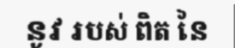
នូវ របស់ ពិត នៃ